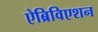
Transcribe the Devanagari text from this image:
ऐब्रिविएशन